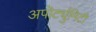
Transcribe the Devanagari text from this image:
अपॊर्ट्युनिटी